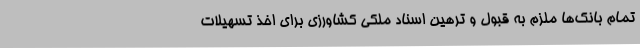
تمام بانک‌ها ملزم به قبول و ترهین اسناد ملکی کشاورزی برای اخذ تسهیلات